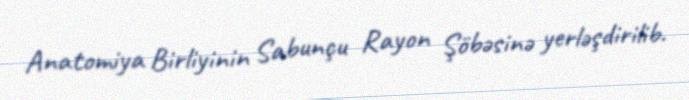
Anatomiya Birliyinin Sabunçu Rayon Şöbəsinə yerləşdirilib.